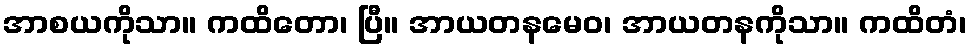
အာစယကိုသာ။ ကထိတော၊ ပြီ။ အာယတနမေဝ၊ အာယတနကိုသာ။ ကထိတံ၊